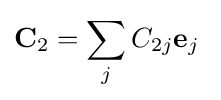
{\textbf {C}}_{2}=\sum _{j}C_{2j}{\textbf {e}}_{j}\;